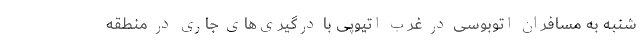
شنبه به مسافران اتوبوسی در غرب اتیوپی با درگیری‌های جاری در منطقه